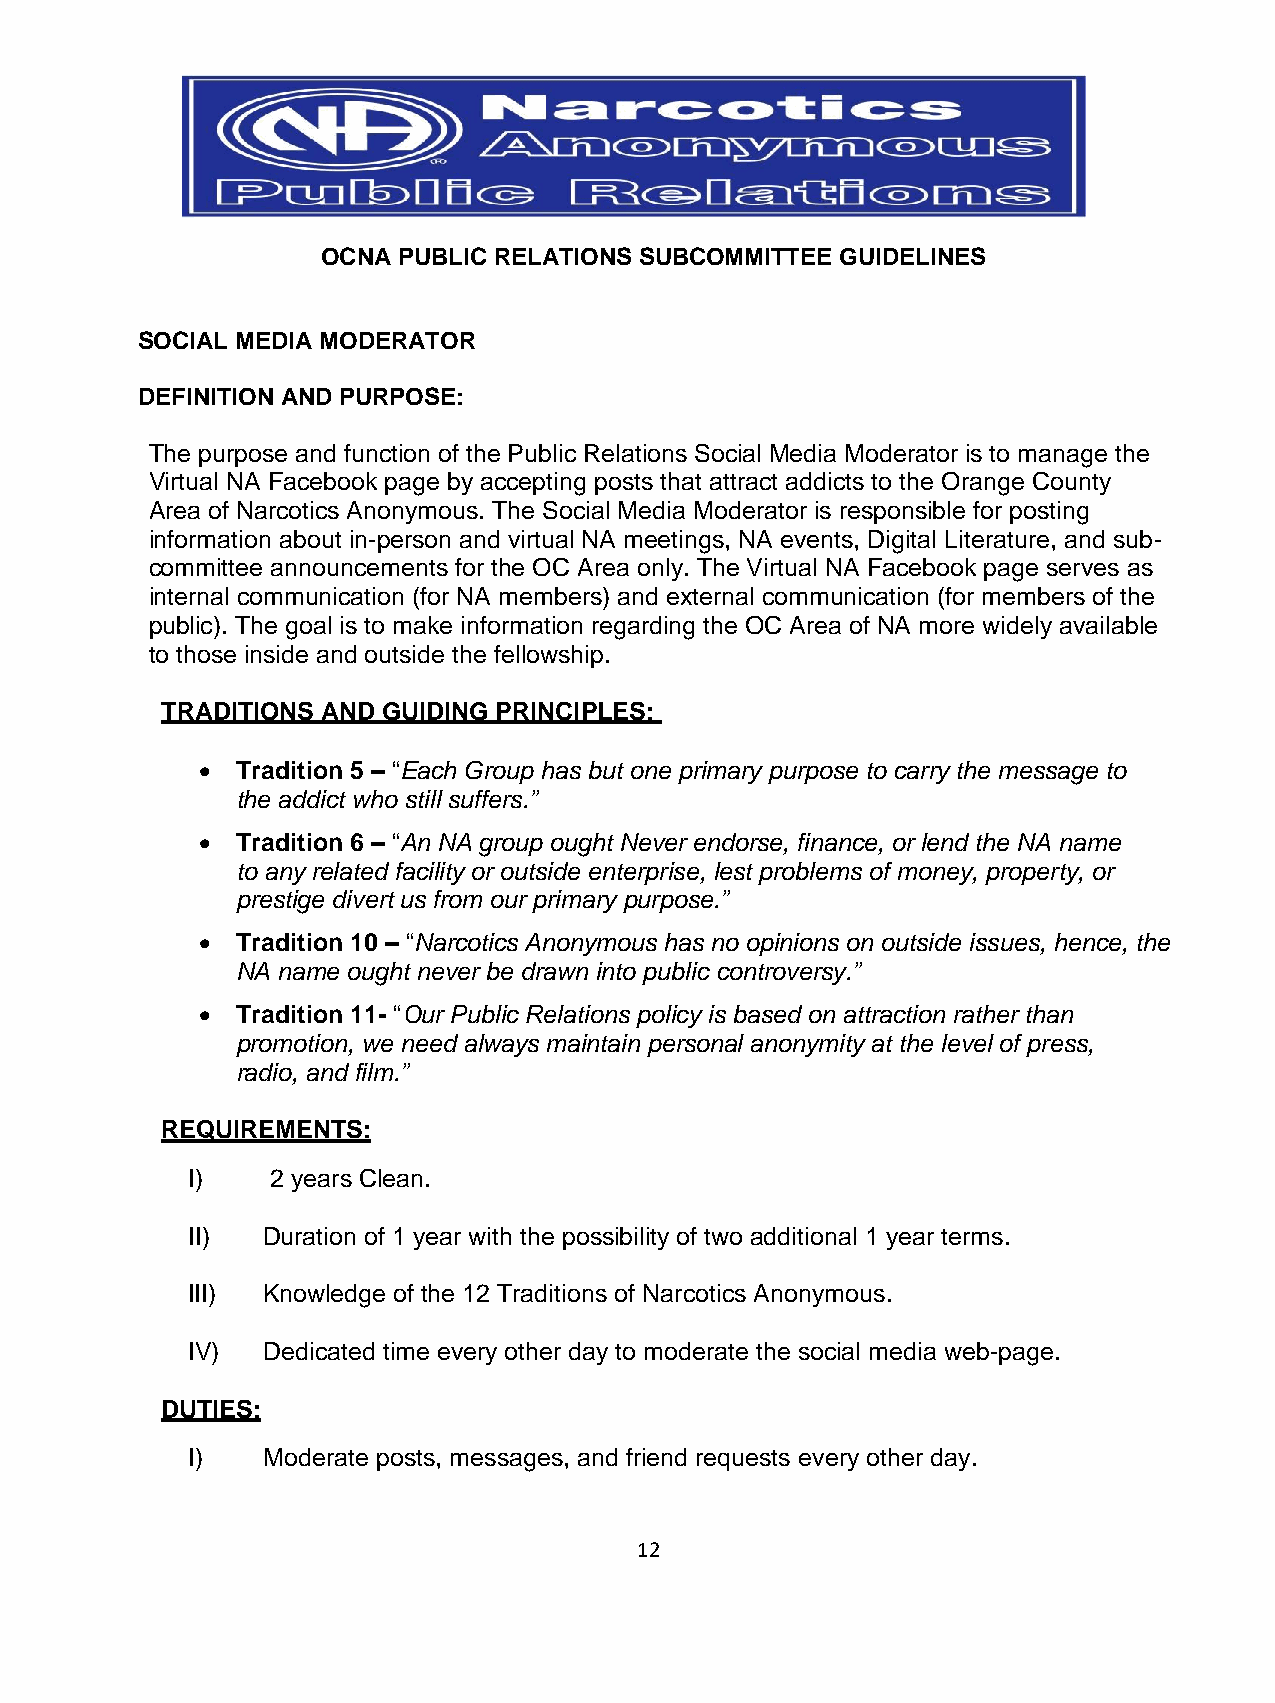
OCNA PUBLIC RELATIONS SUBCOMMITTEE GUIDELINES
 SOCIAL MEDIA MODERATOR
 DEFINITION AND PURPOSE:
 The purpose and function of the Public Relations Social Media Moderator is to manage the
 Virtual NA Facebook page by accepting posts that attract addicts to the Orange County
 Area of Narcotics Anonymous. The Social Media Moderator is responsible for posting
 information about in-person and virtual NA meetings, NA events, Digital Literature, and sub-
 committee announcements for the OC Area only. The Virtual NA Facebook page serves as
 internal communication (for NA members) and external communication (for members of the
 public). The goal is to make information regarding the OC Area of NA more widely available
 to those inside and outside the fellowship.
 TRADITIONS AND GUIDING PRINCIPLES:
 •  Tradition 5 – “Each Group has but one primary purpose to carry the message to
 the addict who still suffers.”
 •  Tradition 6 – “An NA group ought Never endorse, finance, or lend the NA name
 to any related facility or outside enterprise, lest problems of money, property, or
 prestige divert us from our primary purpose.”
 •  Tradition 10 – “Narcotics Anonymous has no opinions on outside issues, hence, the
 NA name ought never be drawn into public controversy.”
 •  Tradition 11- “Our Public Relations policy is based on attraction rather than
 promotion, we need always maintain personal anonymity at the level of press,
 radio, and film.”
 REQUIREMENTS:
 I)    2 years Clean.
 II)  Duration of 1 year with the possibility of two additional 1 year terms.
 III) Knowledge of the 12 Traditions of Narcotics Anonymous.
 IV)  Dedicated time every other day to moderate the social media web-page.
 DUTIES:
 I)   Moderate posts, messages, and friend requests every other day.
 12